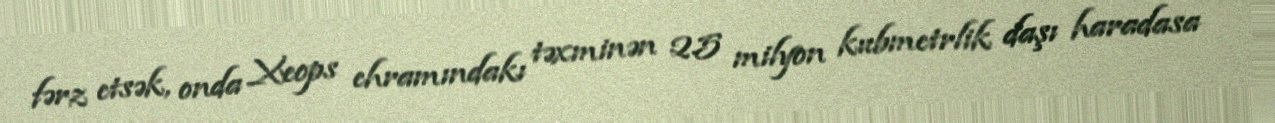
fərz etsək, onda Xeops ehramındakı təxminən 2.5 milyon kubmetrlik daşı haradasa